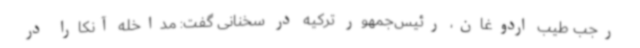
رجب طیب اردوغان، رئیس‌جمهور ترکیه در سخنانی گفت: مداخله آنکارا در